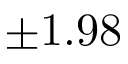
\pm 1 . 9 8